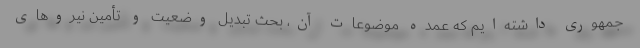
جمهوری داشته‌ایم که عمده موضوعات آن، بحث تبدیل وضعیت و تأمین نیروهای